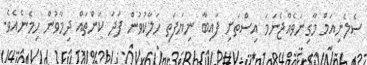
ސެލެނިއަމް މާގިނަވެއްޖެނަމަ އިސްތަށި ފައިބާ ނިޔަފަތި ހަލާކުވުން ފަދަ ކަންތައް ދިމާވުން ހިމެނެއެވެ.